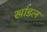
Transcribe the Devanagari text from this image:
खांडल